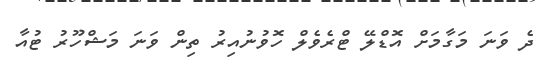
ދެ ވަނަ މަގާމަށް އޮޑްލޭ ޓްރެވެލް ހޮވުނުއިރު ތިން ވަނަ މަޝްހޫރު ޓުއާ